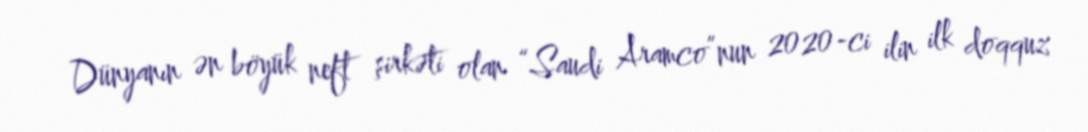
Dünyanın ən böyük neft şirkəti olan “Saudi Aramco”nun 2020-ci ilin ilk doqquz